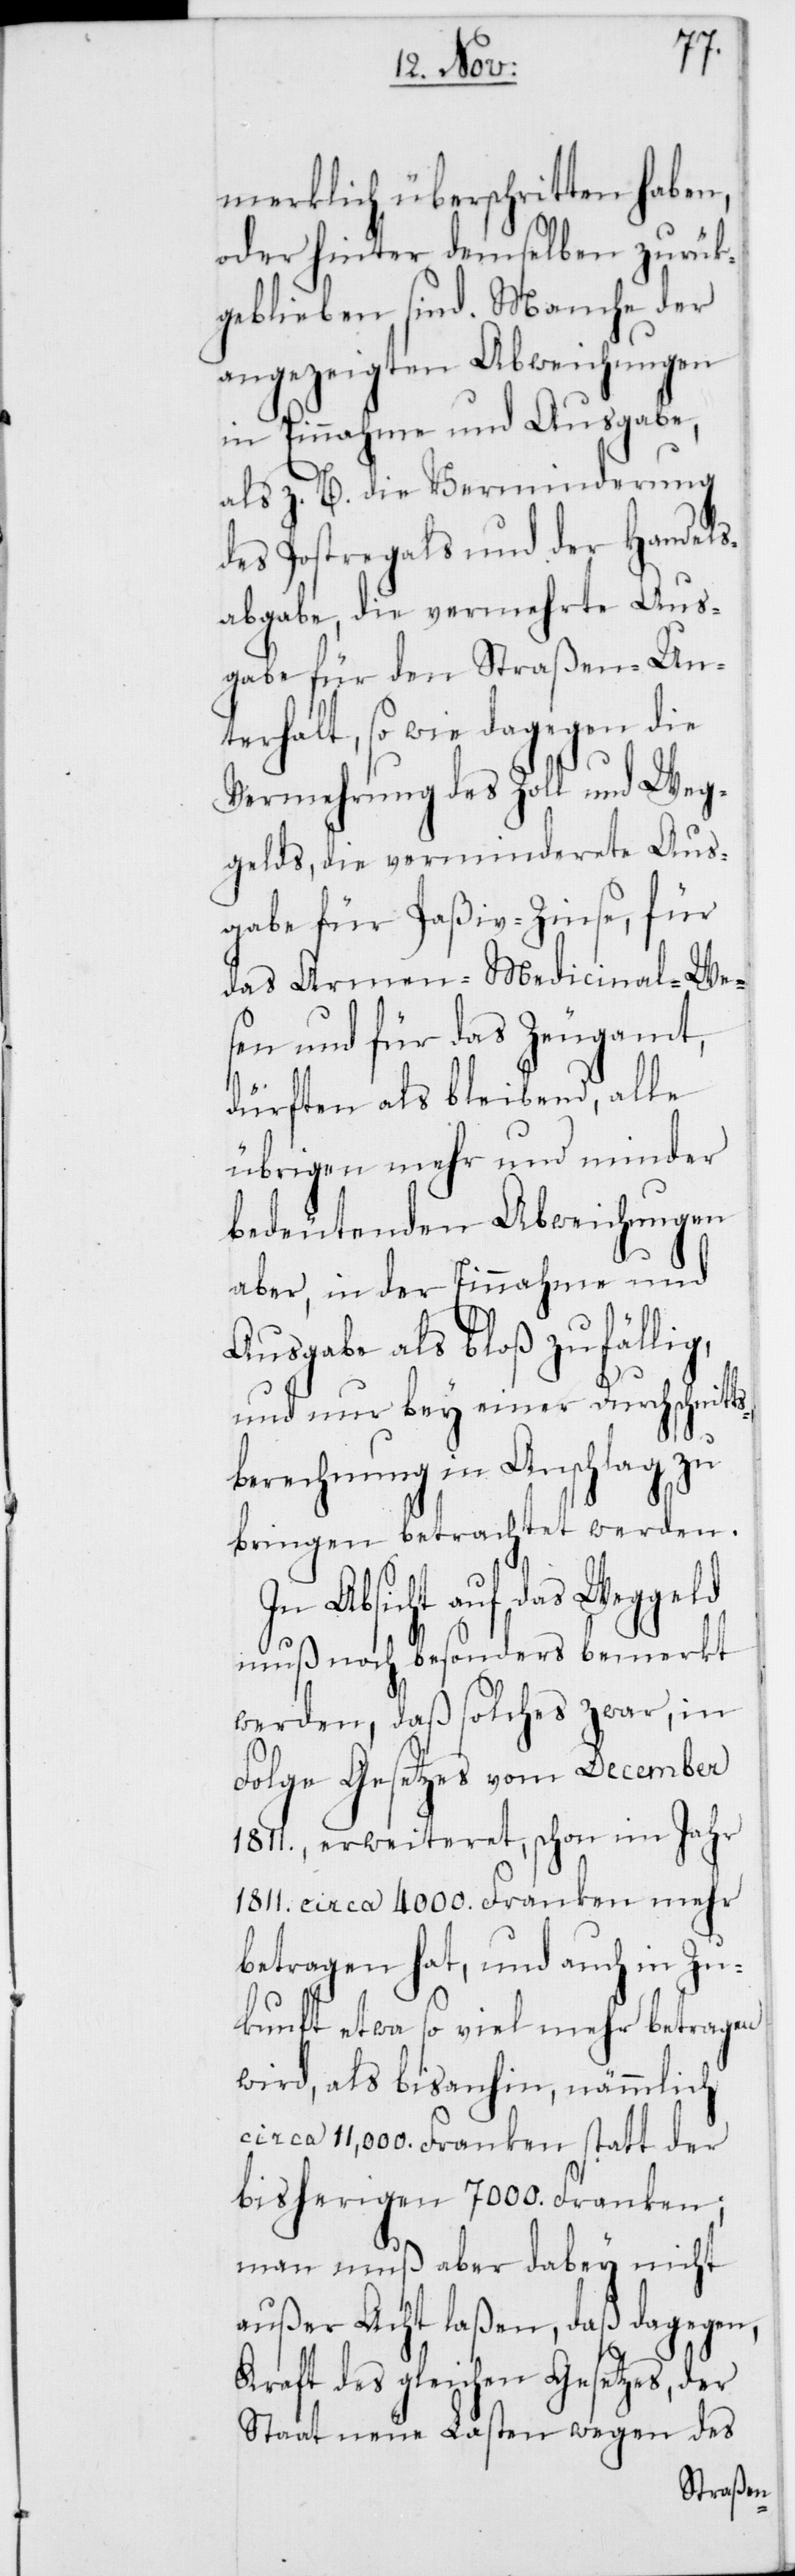
merklich überschritten haben,
oder hinter demselben zurück¬
geblieben sind. Manche der
angezeigten Abweichungen
in Einnahme und Ausgabe,
als z. B. die Verminderung
des Postregals und der Handels¬
abgabe, die vermehrte Aus¬
gabe für den Straßen-Un¬
terhalt, so wie dagegen die
Vermehrung des Zoll[-] und
gelds, die verminderete Aus¬
gabe für Paßiv-Zinse, für
das Armen-Medicinal-We¬
sen und für das Zeugamt,
dürften als bleibend, alle
übrigen mehr und minder
bedeutenden Abweichungen
aber, in der Einnahme und
Ausgabe als bloß zufällig,
und nur bey einer Durchschnitts¬
berechnung in Anschlag zu
bringen betrachtet werden.
In Absicht auf das Weggeld
merkt
muß noch besonders be¬
werden, daß solches zwar, in
Folge Gesetzes vom December
1811., erweiteret, schon im Jahr
1811. circa 4000. Franken mehr
betragen hat, und auch in Zu¬
kunft etwa so viel mehr betragen
wird, als bisanhin, nämmlich
circa 11,000. Franken statt der
bisherigen 7000. Franken;
man muß aber dabey nicht
außer Acht laßen, daß dagegen,
Kraft des gleichen Gesetzes, der
Staat neue Lasten wegen des